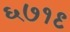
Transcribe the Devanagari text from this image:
६७१९